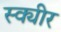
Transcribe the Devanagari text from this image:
स्क्यीर